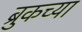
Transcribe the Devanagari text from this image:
ब्रुकच्या